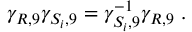
\gamma _ { R , 9 } \gamma _ { S _ { i } , 9 } = \gamma _ { S _ { i } , 9 } ^ { - 1 } \gamma _ { R , 9 } ~ .